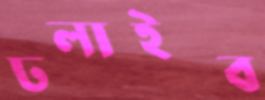
ঢলাইব